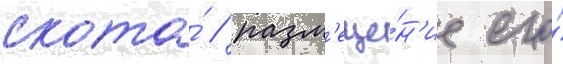
скота́ / разм'еще́н'ие его́